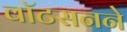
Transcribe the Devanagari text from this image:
वॉटसनने